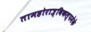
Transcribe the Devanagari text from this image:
तामहोरात्र्विकल्पमेके